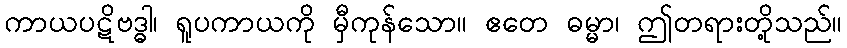
ကာယပဋိဗဒ္ဓါ၊ ရူပကာယကို မှီကုန်သော။ ဧတေ ဓမ္မာ၊ ဤတရားတို့သည်။